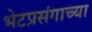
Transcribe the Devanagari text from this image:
भेटप्रसंगाच्या